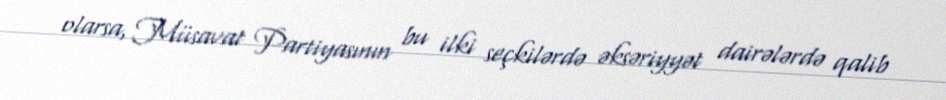
olarsa, Müsavat Partiyasının bu ilki seçkilərdə əksəriyyət dairələrdə qalib